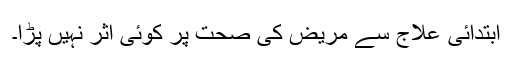
ابتدائی علاج سے مریض کی صحت پر کوئی اثر نہیں پڑا۔